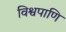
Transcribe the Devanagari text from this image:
विश्वपाणि